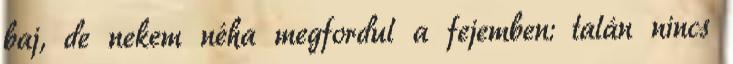
baj, de nekem néha megfordul a fejemben: talán nincs